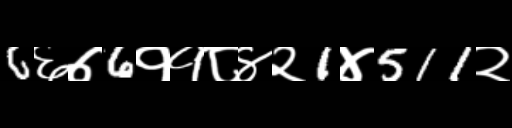
Text: 6६७6११८४२1४511२